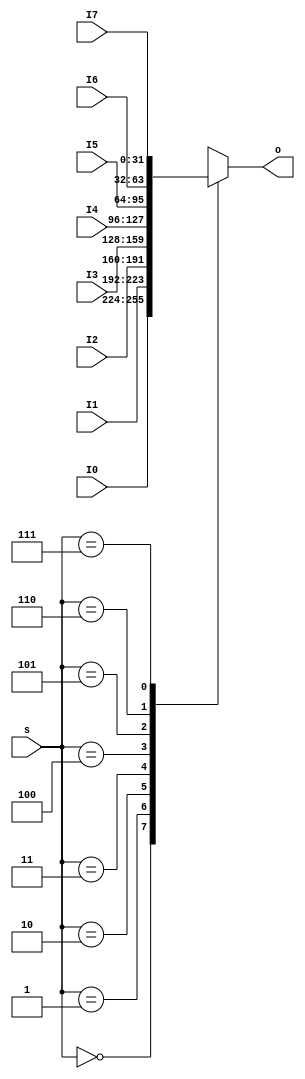
`timescale 1ns / 1ps
//////////////////////////////////////////////////////////////////////////////////
// Design Name: 
// Module Name: MUX8T1
// Description: Assume 32-bit operation
// 
// Dependencies: 
// 
// Revision:
// Revision 0.01 - File Created
// Additional Comments:
// 
//////////////////////////////////////////////////////////////////////////////////

module MUX8T1 #(parameter WIDTH = 32)(
    input [WIDTH-1:0] I0,
    input [WIDTH-1:0] I1,
    input [WIDTH-1:0] I2,
    input [WIDTH-1:0] I3,
    input [WIDTH-1:0] I4,
    input [WIDTH-1:0] I5,
    input [WIDTH-1:0] I6,
    input [WIDTH-1:0] I7,
    input [2:0] s,
    output reg [WIDTH-1:0] o
    );
    always @* begin
        case(s)
            0: o = I0;
            1: o = I1;
            2: o = I2;
            3: o = I3;
            4: o = I4;
            5: o = I5;
            6: o = I6;
            7: o = I7;
            default: o = 'bx;
        endcase
    end
endmodule